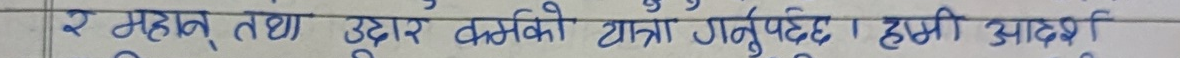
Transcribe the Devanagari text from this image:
र महान् तथा उदार कर्मको यात्रा गर्नुपर्दछ । हामी आदर्श